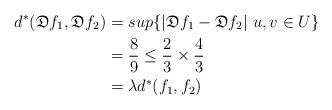
LaTeX: \begin{align*}d^*(\mathfrak{D}f_1,\mathfrak{D}f_2)&=sup \{|\mathfrak{D}f_1-\mathfrak{D}f_2|~u,v\in U\}\\&=\frac{8}{9}\leq \frac{2}{3}\times\frac{4}{3}\\&=\lambda d^*(f_1,f_2)\end{align*}